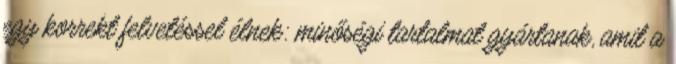
egy korrekt felvetéssel élnek: minőségi tartalmat gyártanak, amit a